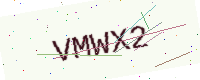
Text: VMWX2